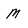
Character: M